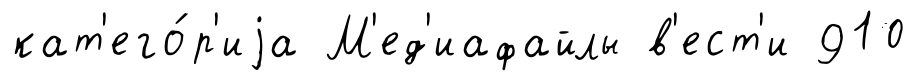
кат'его́р'иjа М'ед'иафайлы в'ест'и 910